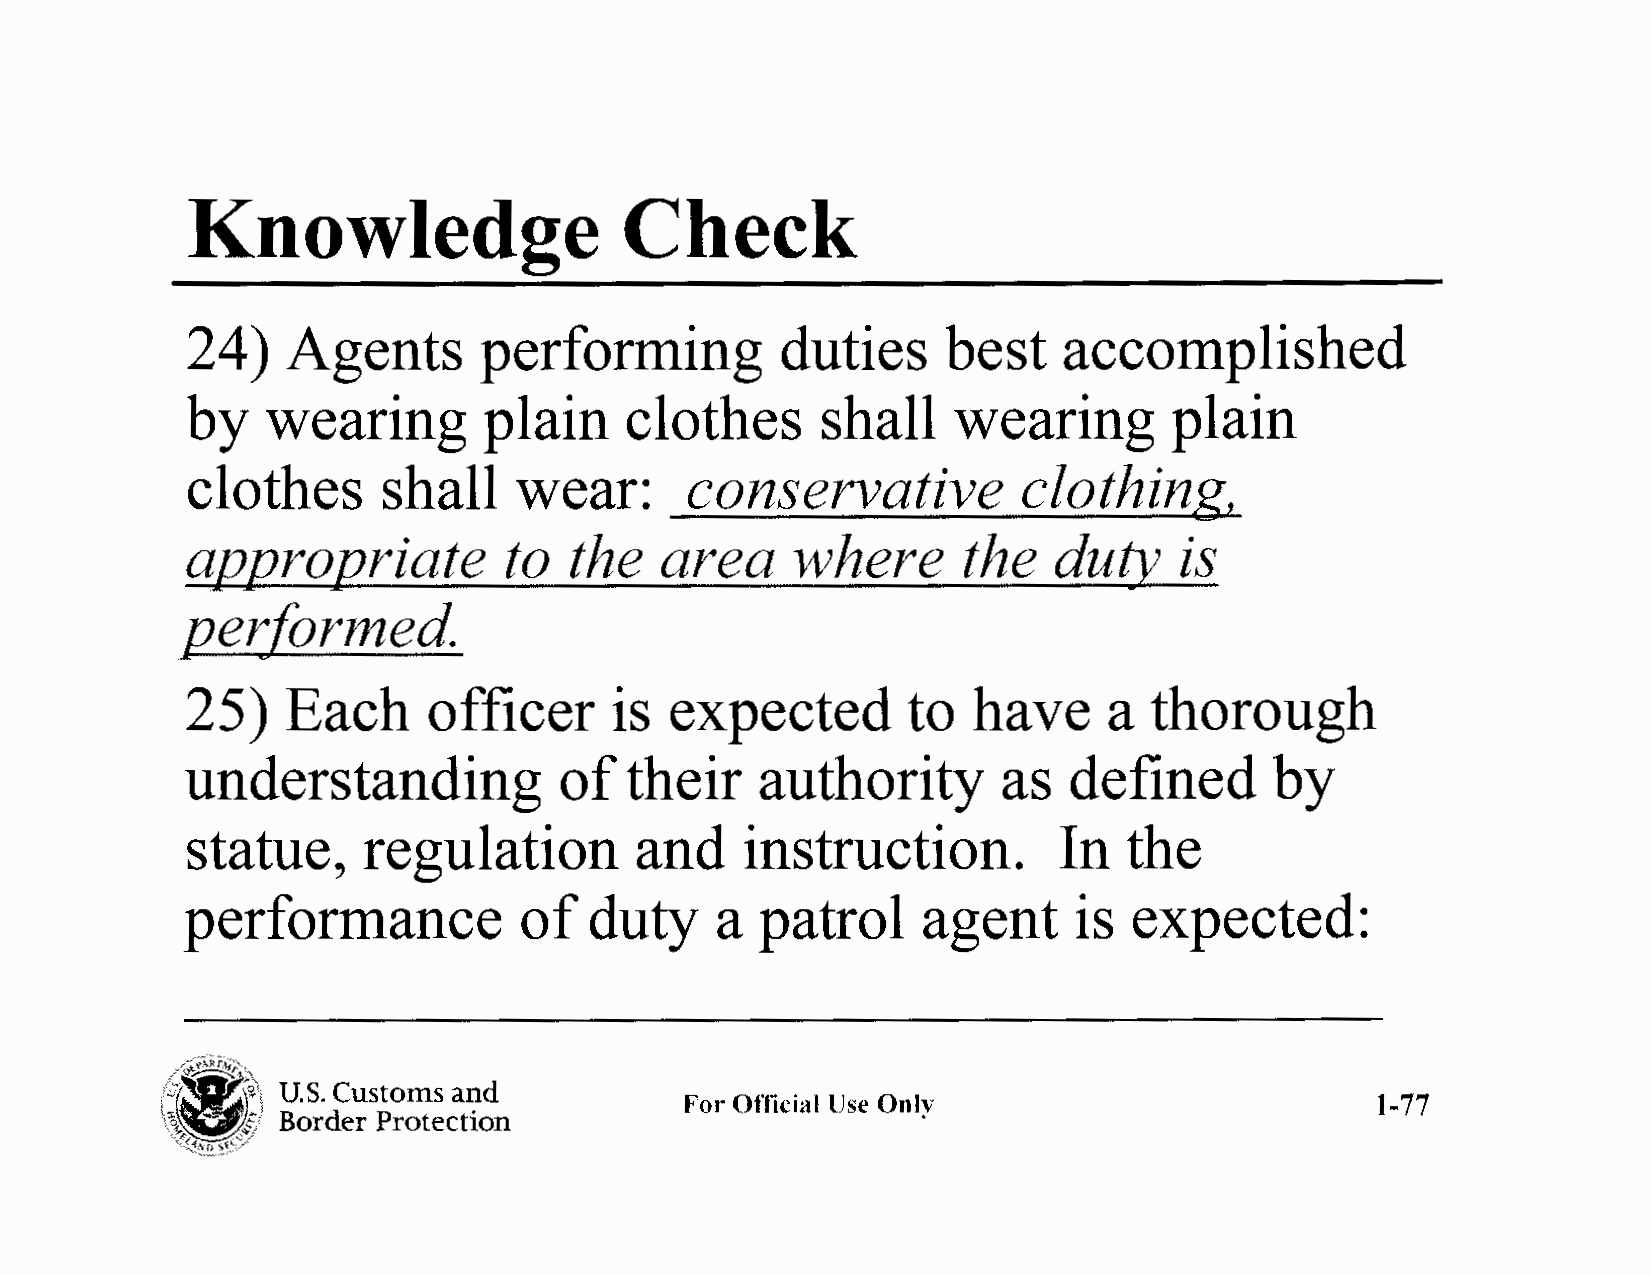
Knowledge                    Check
 24)    Agents       performing          duties     best   accomplished
 by    wearing       plain    clothes      shall    wearing        plain
 clothes      shall    wear:       conservative          clothing,
 apJJro12riate        to   the   area    where       the   duty'   is
 JJe,:[ormed.
 25)    Each     officer      is expected        to  have     a  thorough
 understanding            of  their    authority       as   defined      by
 statue,     regulation        and    instruction.         In   the
 performance           of   duty    a  patrol     agent     is  expected:
 _,,,,;VAkT.¼~,,
 //: "'O'~7:..Zt,:f\.\
 U.S. Customs and
 \.g.§1                            For Official Use Only                         1-77
 Border Protection
 ',i~~:r:
 ~~~"/